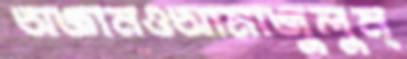
অজ্ঞানওআমাজুলুম্